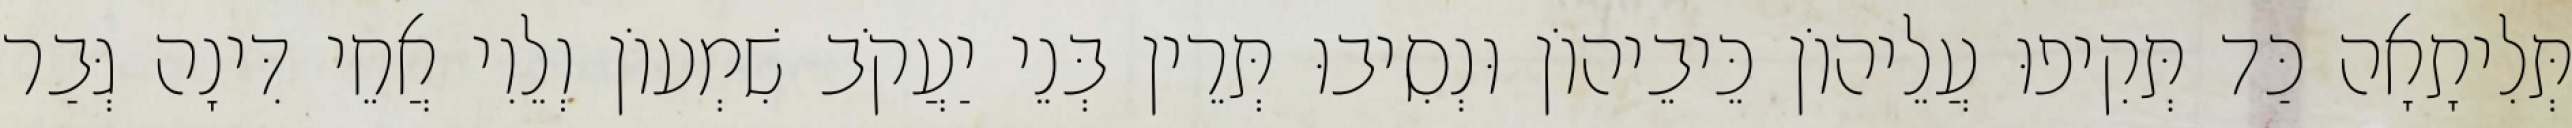
תְּלִיתָאָה כַּד תְּקִיפוּ עֲלֵיהוֹן כֵּיבֵיהוֹן וּנְסִיבוּ תְּרֵין בְּנֵי יַעֲקֹב שִׁמְעוֹן וְלֵוִי אֲחֵי דִּינָה גְּבַר